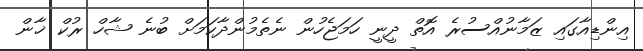
އިންޑިއާގައި ޒަމާނުއްސުރެ އޮތް ދީނީ ހަމަޖެހުން ނެތެމުންދާކަމަށް ބުނެ ޝާހް ރުކް ޚާން